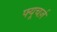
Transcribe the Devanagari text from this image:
फ्यूचर्ज़